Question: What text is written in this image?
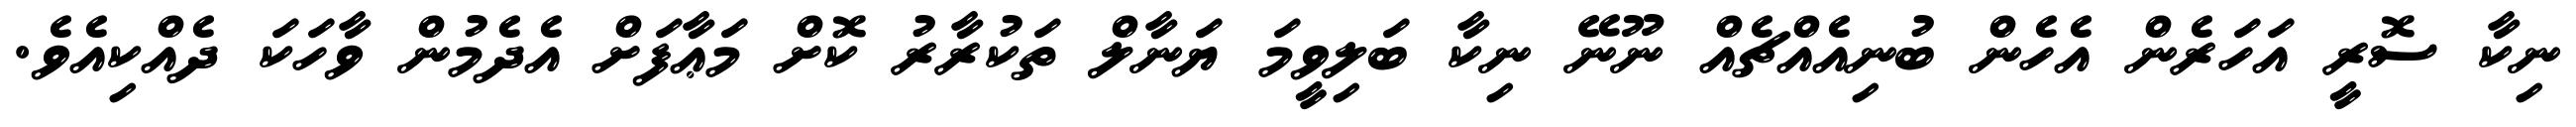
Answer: ނިކާ ސޮރީ އަހަރެން އެހެން ބުނިއެއްޗެއް ނޫނޭ ނިކާ ބަލިވީމަ ޔަނާލް ތަކުރާރު ކޮށް މަޢާފަށް އެދެމުން ވާހަކަ ދެއްކިއެވެ.